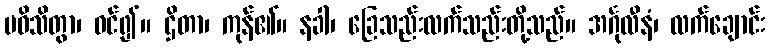
ပဝိသိတွာ၊ ဝင်၍။ ဌိတာ၊ ကုန်၏။ နခါ၊ ခြေသည်းလက်သည်းတို့သည်။ အင်္ဂုလီနံ၊ လက်ချောင်း